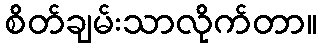
စိတ်ချမ်းသာလိုက်တာ။